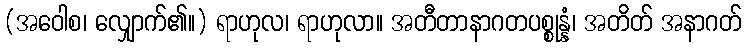
(အဝေါစ၊ လျှောက်၏။) ရာဟုလ၊ ရာဟုလာ။ အတီတာနာဂတပစ္စုန္နံ၊ အတိတ် အနာဂတ်